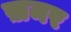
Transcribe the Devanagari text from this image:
ख़मर